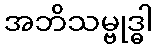
အဘိသမ္ဗုဒ္ဓါ